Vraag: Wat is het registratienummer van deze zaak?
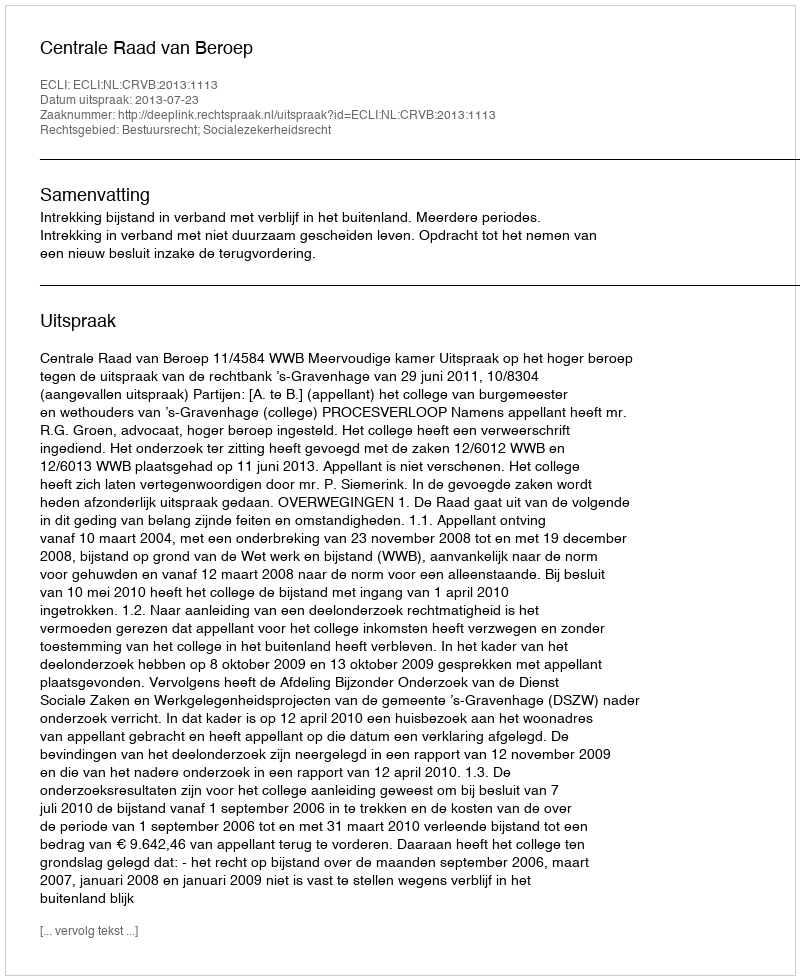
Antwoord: http://deeplink.rechtspraak.nl/uitspraak?id=ECLI:NL:CRVB:2013:1113